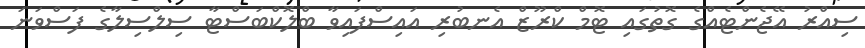
ސިއްރު އޭޖެންޓެއްގެ ގޮތުގައި ޓޮމް ކްރޫޒް އެނބުރި އައިސްފައިވާ ބްލޮކްބަސްޓާ ސިލްސިލާގެ ފަސްވަނަ